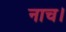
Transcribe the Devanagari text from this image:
नाच।